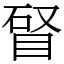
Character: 䀾